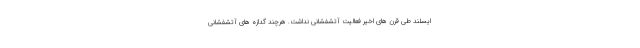
ایسلند طی قرن های اخیر فعالیت آتشفشانی نداشت. هرچند گدازه های آتشفشانی